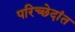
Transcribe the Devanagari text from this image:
परिच्छेदांत